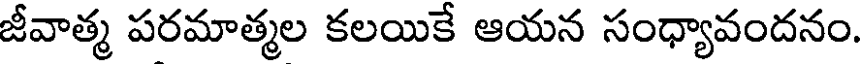
జీవాత్మ పరమాత్మల కలయికే ఆయన సంధ్యావందనం.